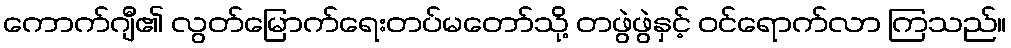
ကောက်ဂျီ၏ လွတ်မြောက်ရေးတပ်မတော်သို့ တဖွဲဖွဲနှင့် ဝင်ရောက်လာ ကြသည်။